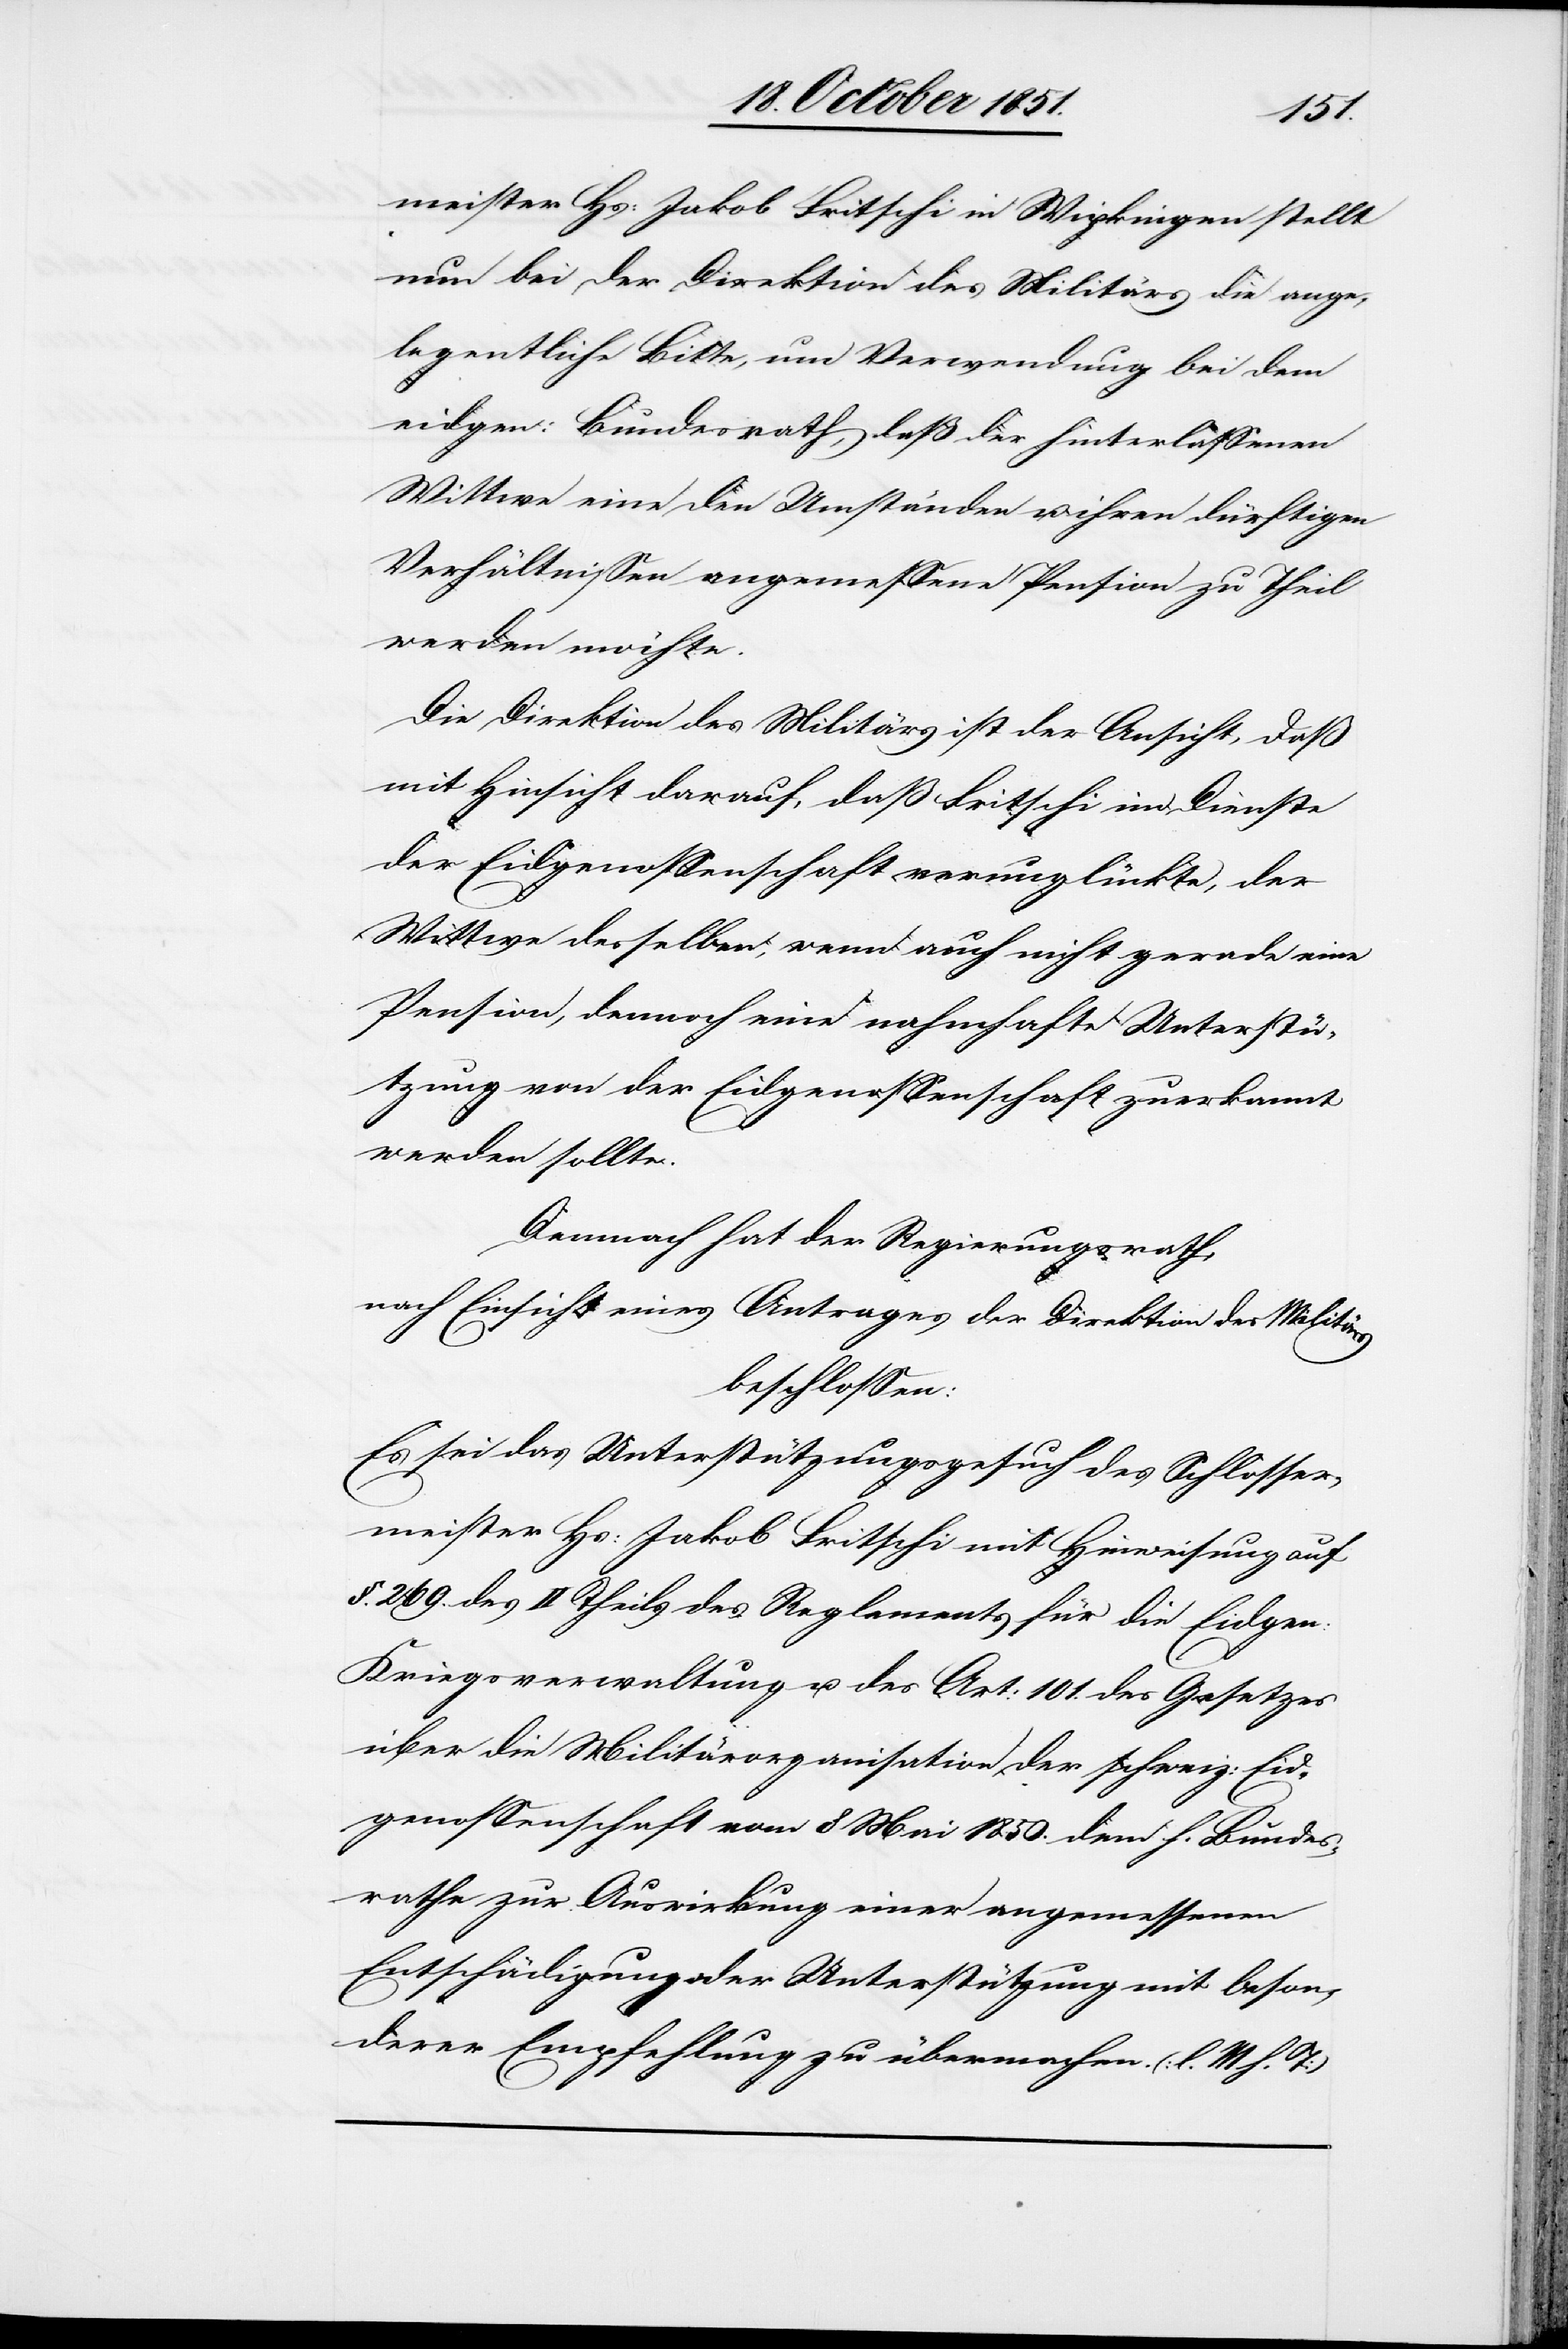
meister Hs: Jakob Fritschi in Wipkingen stellt
nun bei der Direktion des Militärs die ange¬
legentliche Bitte, um Verwendung bei dem
eidgen: Bundesrath, daß der hinterlassenen
Wittwe eine den Umständen u. ihren dürftigen
Verhältnissen angemessene Pension zu Theil
werden möchte.
Die Direktion des Militärs ist der Ansicht, daß
mit Hinsicht darauf, daß Fritschi im Dienste
der Eidgenossenschaft verunglückte, der
Wittwe desselben, wenn auch nicht gerade eine
Pension, dennoch eine nahmhafte Unterstü¬
tzung von der Eidgenossenschaft zuerkannt
werden sollte.
Demnach hat der Regierungsrath,
nach Einsicht eines Antrages der Direktion des Militärs
beschlossen:
Es sei das Unterstützungsgesuch des Schlosser¬
meister Hs: Jakob Fritschi mit Hinweisung auf
§. 269. des II Theils des Reglements für die Eidgen:
Kriegsverwaltung u. des Art: 101. des Gesetzes
über die Militärorganisation der schweiz: Eid¬
genossenschaft vom 8 Mai 1850. dem h. Bundes¬
rathe zur Auswirkung einer angemessenen
Entschädigung oder Unterstützung mit beson¬
derer Empfehlung zu übermachen. (l. M h. T)